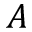
A